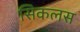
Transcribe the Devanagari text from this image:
सिकलस